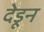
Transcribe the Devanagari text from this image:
देडून